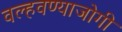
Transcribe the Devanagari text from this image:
वल्हवण्याजोगी